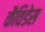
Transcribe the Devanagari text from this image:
कैविडेस